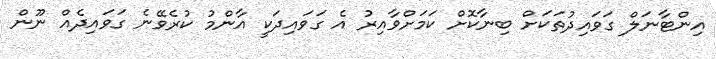
އިންޓާނަލް ގަވައިދުތަކަށް ބިނާކޮށް ކަމަށްވާއިރު އެ ގަވައިދަކީ އާންމު ކުރެވޭނެ ގަވައިދެއް ނޫން